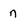
Character: n